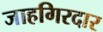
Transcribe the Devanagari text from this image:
जाहगिरदार